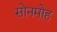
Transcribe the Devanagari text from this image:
सोनमोह